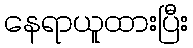
နေရာယူထားပြီး